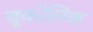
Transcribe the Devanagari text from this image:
बूकोलिक